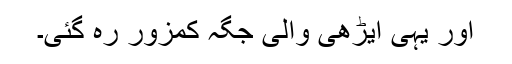
اور یہی ایڑھی والی جگہ کمزور رہ گئی۔